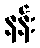
နန်း